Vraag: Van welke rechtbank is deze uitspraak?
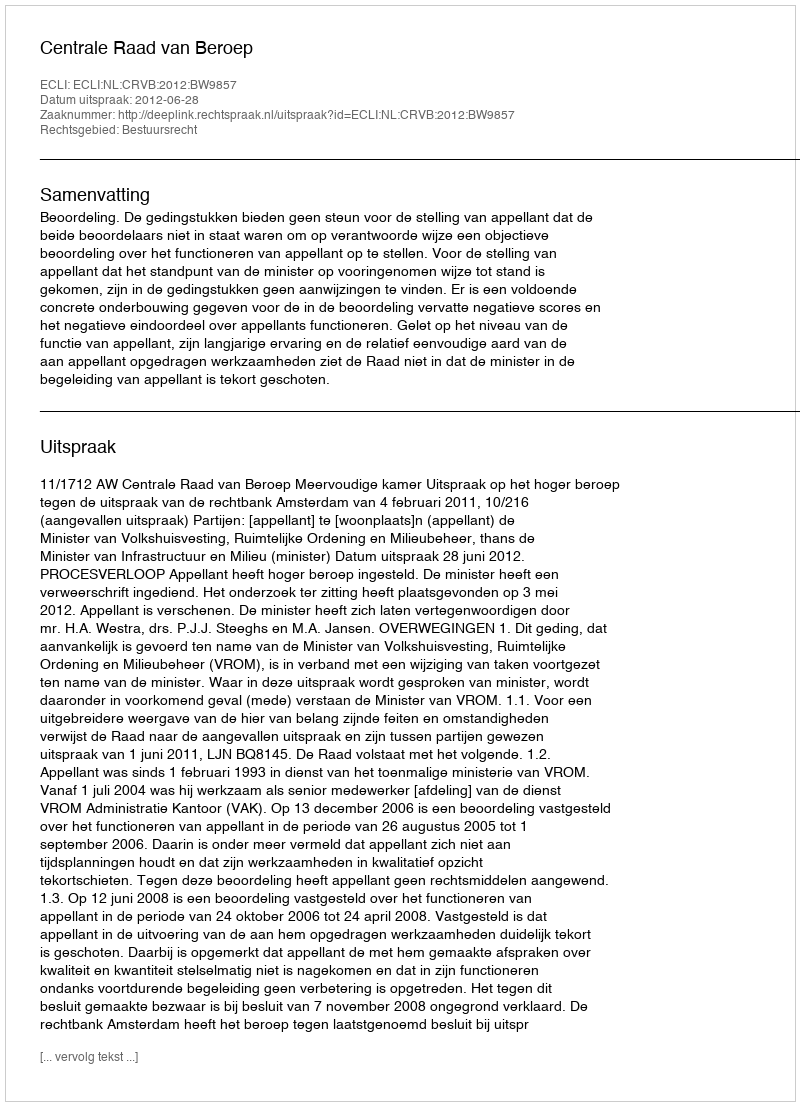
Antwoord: Centrale Raad van Beroep